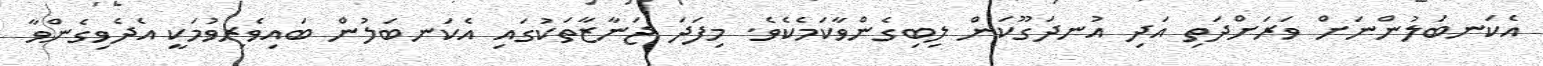
އެކަނބަލުންނަށް ވަރަށްދަތި އަދި އުނދަގޫކަން ލިބިގެންވާކަމެކެވެ. މިފަދަ ޖަނާޒާތަކުގައި އެކަނބަލުން ބައިވެރިވުމަކީ އެދެވިގެންވާ